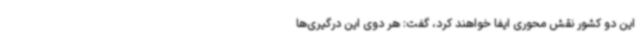
این دو کشور نقش محوری ایفا خواهند کرد، گفت: هر دوی این درگیری‌ها